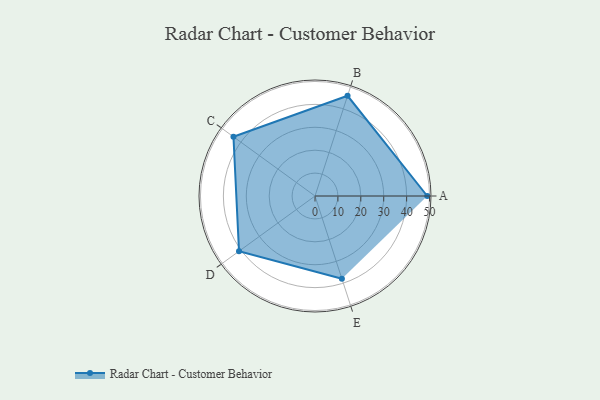
{"axis": {"x": "Skill", "y": "Score"}, "legend": ["Profile"], "data": [{"x": "A", "y": 49.0, "type": "Profile"}, {"x": "B", "y": 46.0, "type": "Profile"}, {"x": "C", "y": 44.0, "type": "Profile"}, {"x": "D", "y": 41.0, "type": "Profile"}, {"x": "E", "y": 38.0, "type": "Profile"}]}